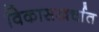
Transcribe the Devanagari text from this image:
विकासखर्चात